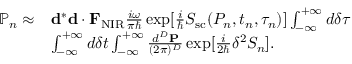
\begin{array} { r l } { \mathbb { P } _ { n } \approx } & { { \bf d } ^ { * } { \bf d } \cdot { \bf F } _ { \mathrm { N I R } } \frac { i \omega } { \pi \hbar } \exp [ { \frac { i } { \hbar } S _ { \mathrm { s c } } ( P _ { n } , t _ { n } , \tau _ { n } ) } ] \int _ { - \infty } ^ { + \infty } d \delta \tau } \\ & { \int _ { - \infty } ^ { + \infty } d \delta t \int _ { - \infty } ^ { + \infty } \frac { d ^ { D } { \bf P } } { ( 2 \pi ) ^ { D } } \exp [ { \frac { i } { 2 \hbar } \delta ^ { 2 } S _ { n } } ] . } \end{array}